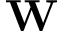
\mathbf { W }